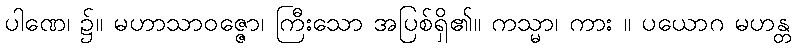
ပါဏေ၊ ၌။ မဟာသာဝဇ္ဇော၊ ကြီးသော အပြစ်ရှိ၏။ ကသ္မာ၊ ကား ။ ပယောဂ မဟန္တ